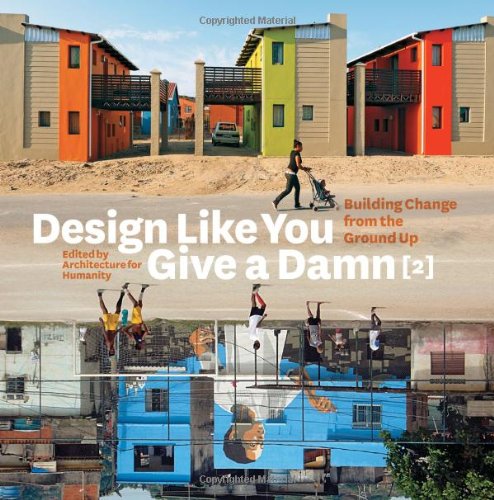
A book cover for Design Like You Give a Damn {2}: Building Change from the Ground Up; Kate Stohr; Arts & Photography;